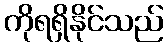
ကိုရရှိနိုင်သည်